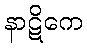
နာဋိကေ